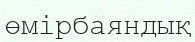
өмірбаяндық